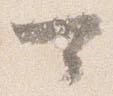
可